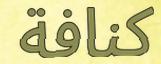
كنافة